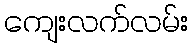
ကျေးလက်လမ်း